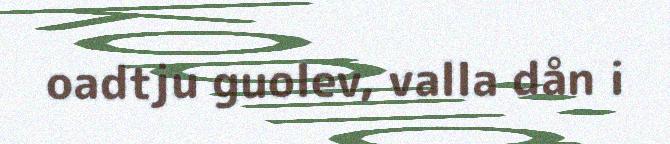
oadtju guolev, valla dån i